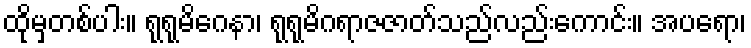
ထိုမှတစ်ပါး။ ရုရုမိဂေနာ၊ ရုရုမိဂရာဇဇာတ်သည်လည်းကောင်း။ အပရော၊